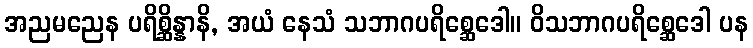
အညမညေန ပရိစ္ဆိန္နာနိ, အယံ နေသံ သဘာဂပရိစ္ဆေဒေါ။ ဝိသဘာဂပရိစ္ဆေဒေါ ပန